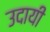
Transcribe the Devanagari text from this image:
उदायी